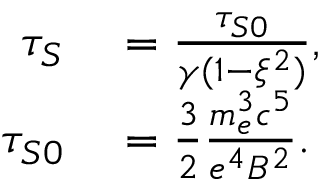
\begin{array} { r l } { \tau _ { S } } & { { } = \frac { \tau _ { S 0 } } { \gamma ( 1 - \xi ^ { 2 } ) } , } \\ { \tau _ { S 0 } } & { { } = \frac { 3 } { 2 } \frac { m _ { e } ^ { 3 } c ^ { 5 } } { e ^ { 4 } B ^ { 2 } } . } \end{array}